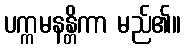
ပက္ကမနန္တိကာ မည်၏။